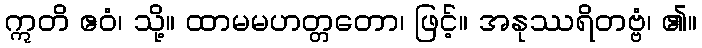
ဣတိ ဧဝံ၊ သို့။ ထာမမဟတ္တတော၊ ဖြင့်။ အနုဿရိတဗ္ဗံ၊ ၏။